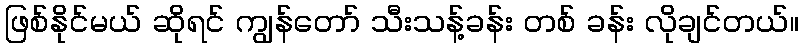
ဖြစ်နိုင်မယ် ဆိုရင် ကျွန်တော် သီးသန့်ခန်း တစ် ခန်း လိုချင်တယ်။